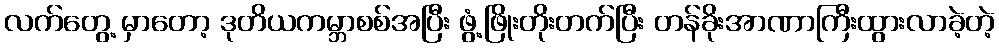
လက်တွေ့ မှာတော့ ဒုတိယကမ္ဘာစစ်အပြီး ဖွံ့ဖြိုးတိုးတက်ပြီး တန်ခိုးအာဏာကြီးထွားလာခဲ့တဲ့